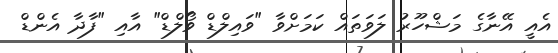
އެއީ އޭނާގެ މަޝްހޫރު ލަވަތައް ކަމަށްވާ "ވައިލްޑް ވޯލްޑް" އާއި "ފާދާ އެންޑް